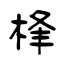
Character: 桻